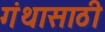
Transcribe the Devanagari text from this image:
गंथासाठी